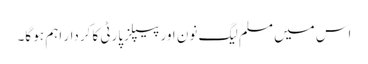
اس میں مسلم لیگ نون اور پیپلزپارٹی کا کردار اہم ہو گا۔